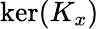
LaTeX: \ker(K_{x})